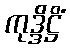
ကုဒ္ဒိဋ္ဌိံ